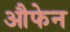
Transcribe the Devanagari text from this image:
औफेन